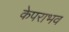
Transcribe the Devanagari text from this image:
केपराभव